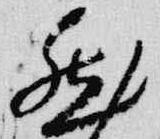
然